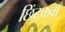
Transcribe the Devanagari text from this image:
छिंटकवाँ